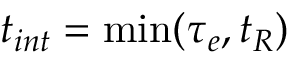
t _ { i n t } = \operatorname* { m i n } ( \tau _ { e } , t _ { R } )